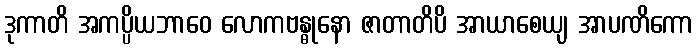
ဒုကာတိ အကပ္ပိယဘာဝေ လောကဗန္ဓုနော ဇာတာတိပိ အာယာစေယျ အာပဏိကော